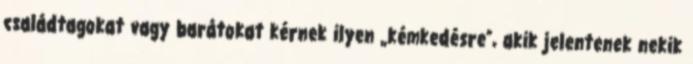
családtagokat vagy barátokat kérnek ilyen „kémkedésre”, akik jelentenek nekik